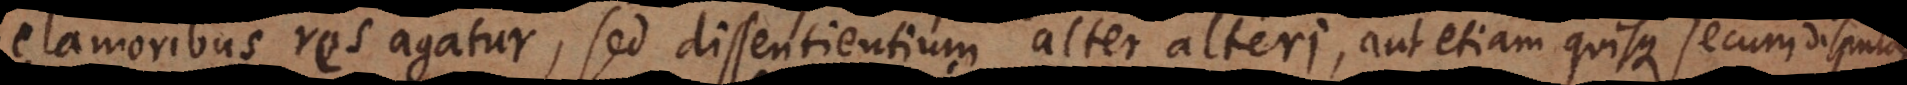
clamoribus res agatur, sed dissentientium alter alteri, dicere possit: calculemus